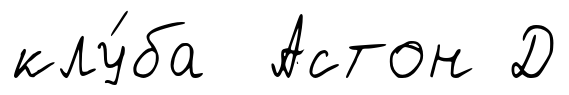
клу́ба Астон Д